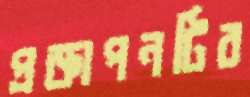
প্রজ্ঞাপনটির